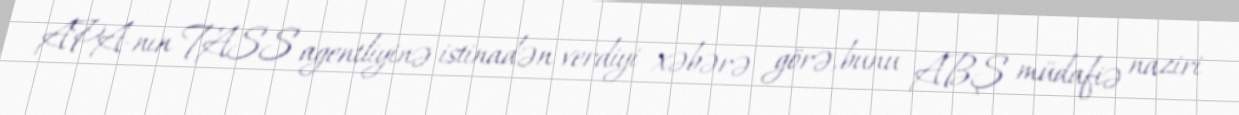
APA-nın TASS agentliyinə istinadən verdiyi xəbərə görə, bunu ABŞ müdafiə naziri